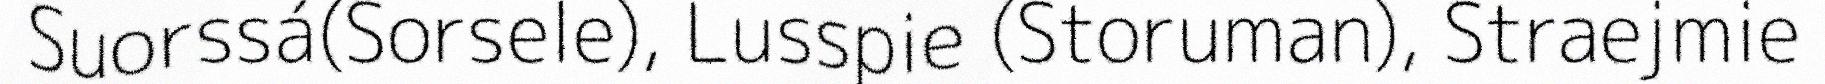
Suorssá(Sorsele), Lusspie (Storuman), Straejmie